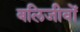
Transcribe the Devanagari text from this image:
बलिजीवों